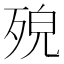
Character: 𣨆